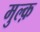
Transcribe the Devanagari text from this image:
मुल्क़